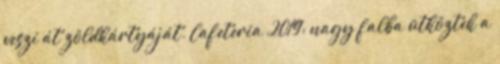
veszi át zöldkártyáját. Cafeteria 2019: nagy falba ütköztek a